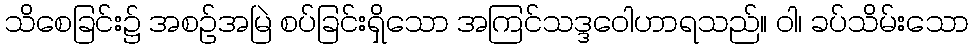
သိစေခြင်း၌ အစဉ်အမြဲ စပ်ခြင်းရှိသော အကြင်သဒ္ဒဝေါဟာရသည်။ ဝါ၊ ခပ်သိမ်းသော